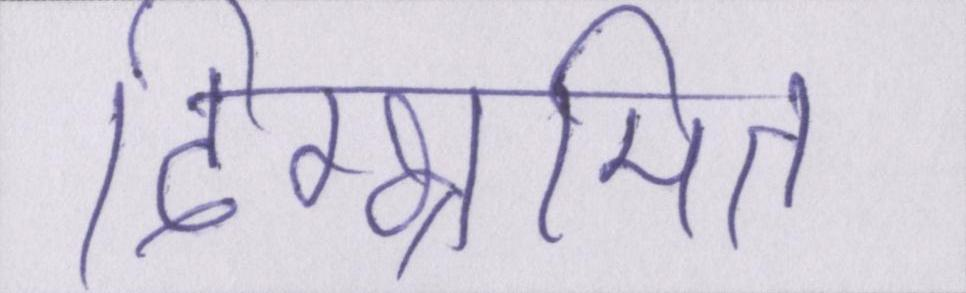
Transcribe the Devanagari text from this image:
दिग्भ्रमित